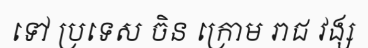
ទៅ ប្រទេស ចិន ក្រោម រាជ វង្ស